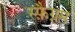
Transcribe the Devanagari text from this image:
स्फ़ैग्नम